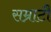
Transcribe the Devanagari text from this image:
सम्राटौं